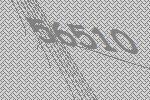
56510